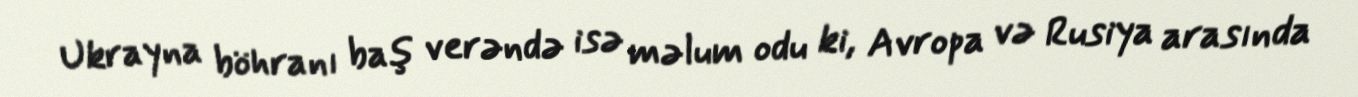
Ukrayna böhranı baş verəndə isə məlum odu ki, Avropa və Rusiya arasında